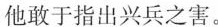
他敢于指出兴兵之害。